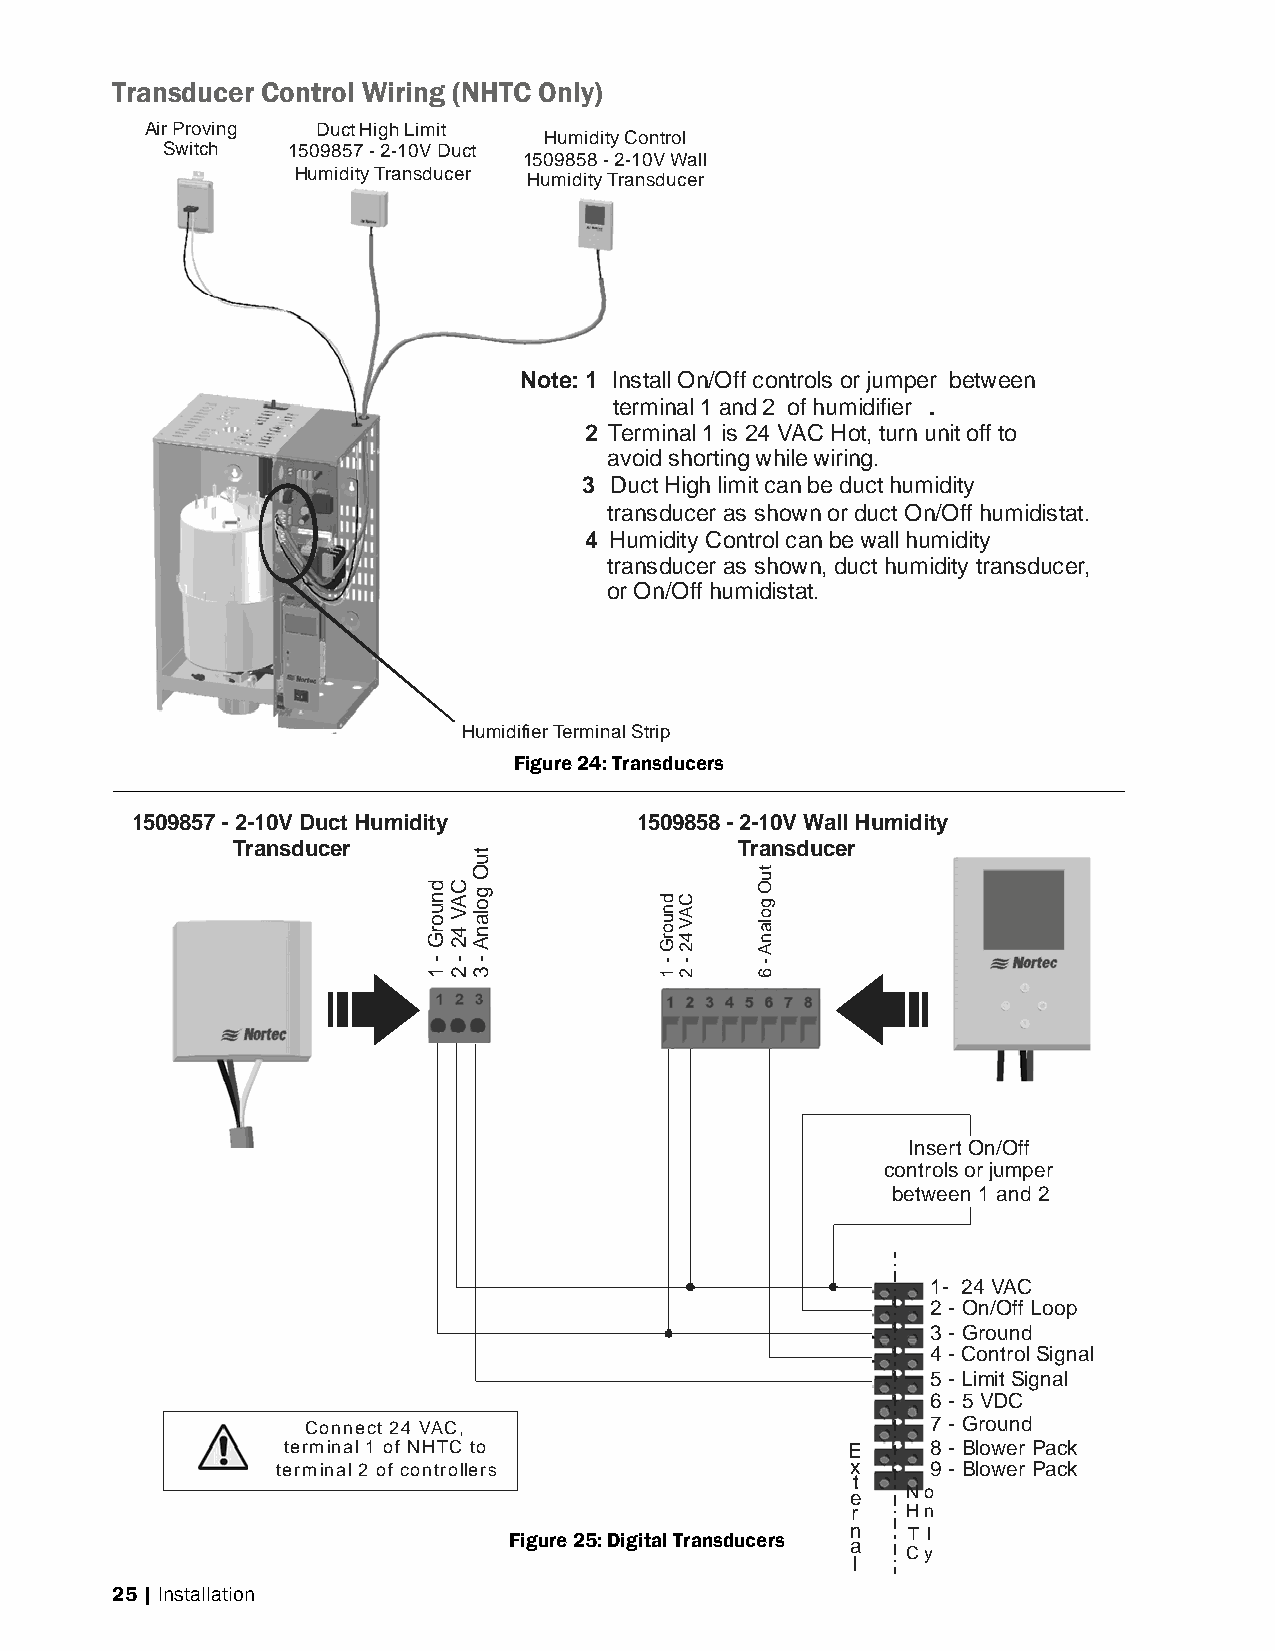
Transducer Control Wiring (NHTC Only)
 Air Proving Duct High Limit
 Humidity Control
 Switch  1509857 - 2-10V Duct
 1509858 - 2-10V Wall
 Humidity Transducer
 Humidity Transducer
 Note: 1 Install On/Off controls or jumper between
 terminal 1 and 2 of humidifier .
 2 Terminal 1 is 24 VAC Hot, turn unit off to
 avoid shorting while wiring.
 3 Duct High limit can be duct humidity
 transducer as shown or duct On/Off humidistat.
 4 Humidity Control can be wall humidity
 transducer as shown, duct humidity transducer,
 or On/Off humidistat.
 Humidifier Terminal Strip
 Figure 24: Transducers
 1509857 - 2-10V Duct Humidity    1509858 - 2-10V Wall Humidity
 Transducer                        Transducer
 Insert On/Off
 controls or jumper
 between 1 and 2
 1- 24 VAC
 2 - On/Off Loop
 3 - Ground
 4 - Control Signal
 5 - Limit Signal
 6 - 5 VDC
 Connect 24 VAC,                           7 - Ground
 terminal 1 of NHTC to                E     8 - Blower Pack
 terminal 2 of controllers             x     9 - Blower Pack
 t
 e   No
 r   Hn
 Figure 25: Digital Transducers n a CT yl
 l
 25 | Installation
 dnuorG
 -
 1
 CAV
 42
 -
 2
 tuO
 golanA
 -
 3
 dnuorG
 -
 1
 CAV
 42
 -
 2
 tuO
 golanA
 -
 6